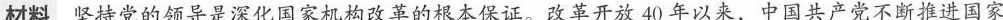
材料坚持党的领导是深化国家机构改革的根本保证。改革开放40年以来，中国共产党不断推进国家